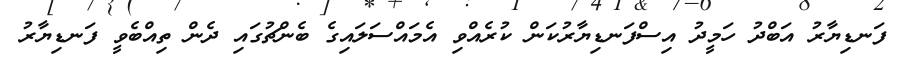
ފަނޑިޔާރު އަބްދު ހަމީދު އިސްފަނޑިޔާރުކަން ކުރެއްވި އެމައްސަލައިގެ ބެންޗުގައި ދެން ތިއްބެވީ ފަނޑިޔާރު